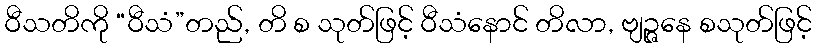
ဝီသတိကို “ဝီသံ”တည်, တိ စ သုတ်ဖြင့် ဝီသံနောင် တိလာ, ဗျဉ္ဇနေ စသုတ်ဖြင့်